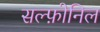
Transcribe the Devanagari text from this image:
सल्फ़ोनिल